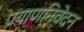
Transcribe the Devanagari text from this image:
प्रयाणनिवेदन